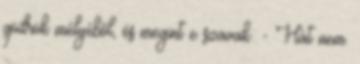
gödrök mélyéből, és megint e szavak: - Hát nem.